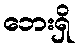
ဘေးရှိ